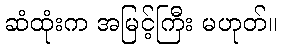
ဆံထုံးက အမြင့်ကြီး မဟုတ်။